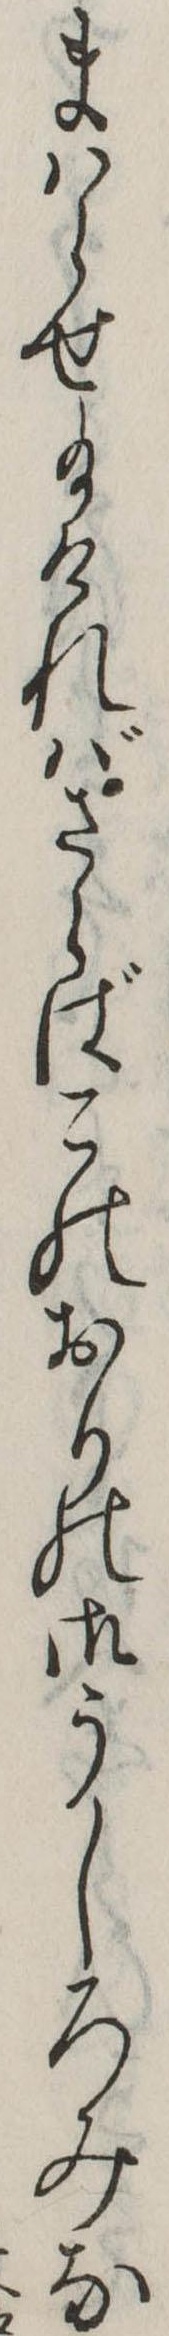
まはらせ給ければさらばこのおりの御うしろみな